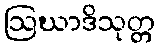
ဩဃာဒိသုတ္တ